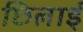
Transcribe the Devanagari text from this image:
छिलाई